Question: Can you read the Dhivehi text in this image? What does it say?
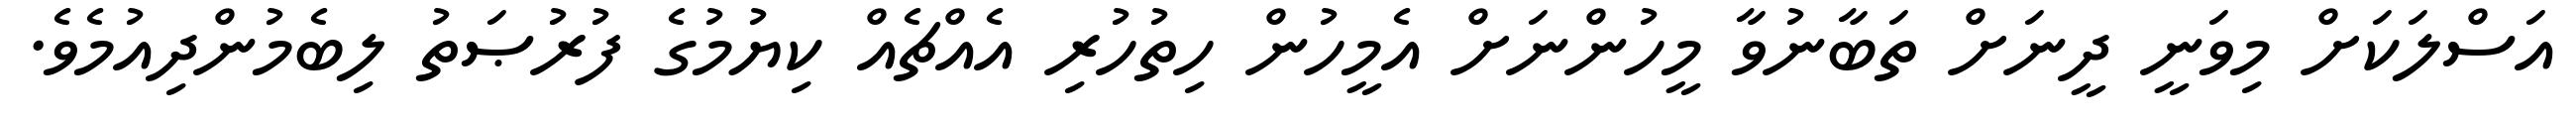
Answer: އަސްލަކަށް މިވަނީ ދީނަށް ތަބާނުވާ މީހުންނަށް އެމީހުން ހިތުހުރި އެއްޗެއް ކިޔުމުގެ ފުރުޞަތު ލިބެމުންދިއުމެވެ.